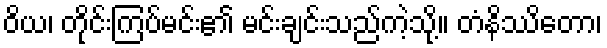
ဝိယ၊ တိုင်းကြပ်မင်း၏ မင်းချင်းသည်ကဲ့သို့။ တံနိဿိတော၊